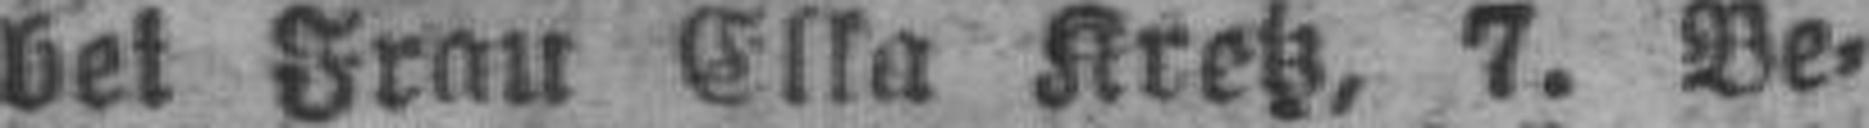
bei Frau Ella Kretz, 7. Be¬